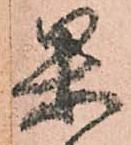
果